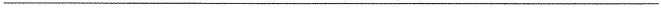
___